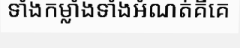
ទាំងកម្លាំងទាំងអំណត់គឺគេ